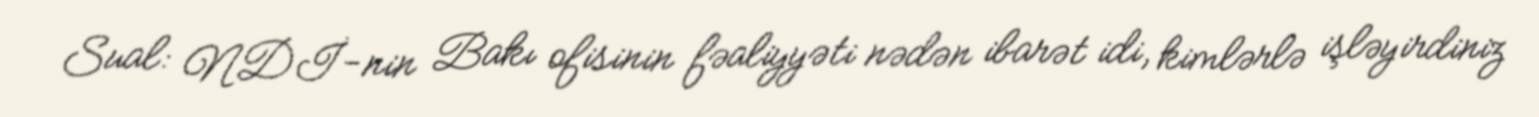
Sual: NDİ-nin Bakı ofisinin fəaliyyəti nədən ibarət idi, kimlərlə işləyirdiniz